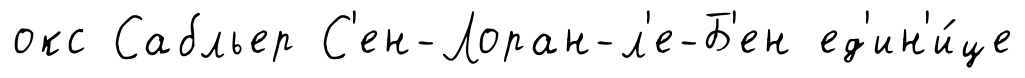
окс Сабльер С'ен-Лоран-л'е-Б'ен ед'ин'и́це